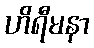
ဟိရီမနာ